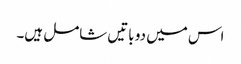
اس میں دو باتیں شامل ہیں۔